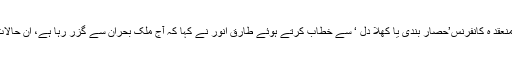
وطن سماچار فورم کی جانب سے کانسٹی ٹیوشن کلب آف انڈیا میں منعقد ہ کانفرنس’حصار بندی یا کھلا دل ‘ سے خطاب کرتے ہوئے طارق انور نے کہا کہ آج ملک بحران سے گزر رہا ہے، ان حالات میں ہم وطنوں کو ملک کے مستقبل کے لئے بہتر فیصلہ لینا ہوگا۔